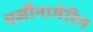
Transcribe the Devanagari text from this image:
एजीनामेरिन